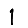
Digit: 1